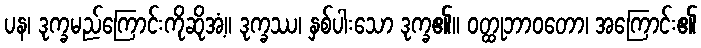
ပန၊ ဒုက္ခမည်ကြောင်းကိုဆိုအံ့။ ဒုက္ခဿ၊ နှစ်ပါးသော ဒုက္ခ၏။ ဝတ္ထုဘာဝတော၊ အကြောင်း၏